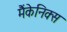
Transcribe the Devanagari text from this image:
मैंकेनिक्‍स